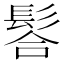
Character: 𩭆